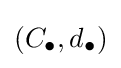
(C_{\bullet },d_{\bullet })